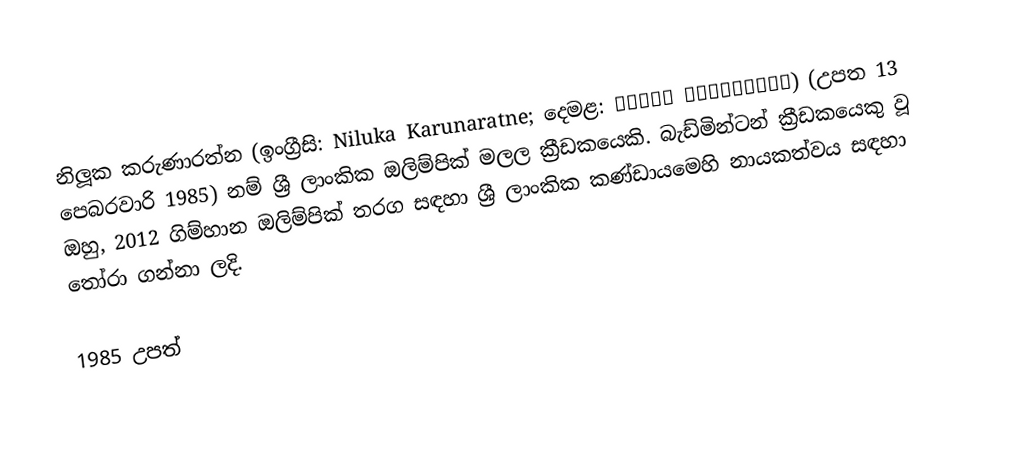
නිලූක කරුණාරත්න (ඉංග්‍රීසි: Niluka Karunaratne; දෙමළ: நிலுக கருணாரத்ன) (උපත 13 පෙබරවාරි 1985) නම්  ශ්‍රී ලාංකික  ඔලිම්පික් මලල ක්‍රීඩකයෙකි. බැඩ්මින්ටන් ක්‍රීඩකයෙකු වූ ඔහු, 2012 ගිම්හාන ඔලිම්පික් තරග සඳහා ශ්‍රී ලාංකික කණ්ඩායමෙහි නායකත්වය සඳහා තෝරා ගන්නා ලදි.

1985 උපත්